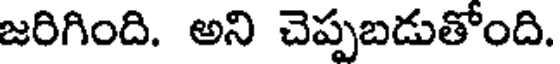
జరిగింది. అని చెప్పబడుతోంది.